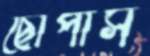
ছোপাস